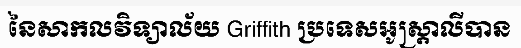
នៃសាកលវិទ្យាល័យ Griffith ប្រទេសអូស្ត្រាលីបាន